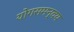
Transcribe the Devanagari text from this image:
योगसमन्वय